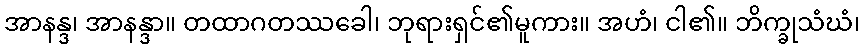
အာနန္ဒ၊ အာနန္ဒာ။ တထာဂတဿခေါ၊ ဘုရားရှင်၏မူကား။ အဟံ၊ ငါ၏။ ဘိက္ခုသံဃံ၊